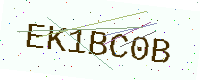
Text: EK1BC0B